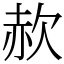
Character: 赥